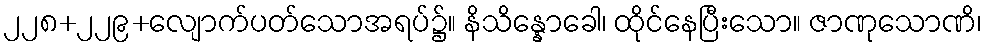
၂၂၈+၂၂၉+လျောက်ပတ်သောအရပ်၌။ နိသိန္နောခေါ၊ ထိုင်နေပြီးသော။ ဇာဏုသောဏိ၊